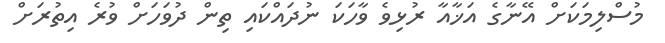
މުސްލިމަކަށްް އޭނާގެ އަޚާއާ ރުޅިވެ ވާހަކަ ނުދައްކައި ތިން ދުވަހަށް ވުރެ އިތުރަށް